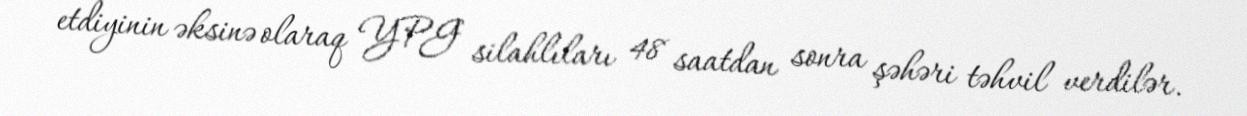
etdiyinin əksinə olaraq YPG silahlıları 48 saatdan sonra şəhəri təhvil verdilər.